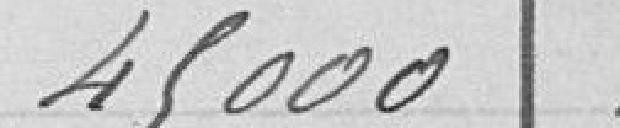
45 000